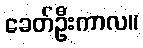
ခေတ်ဦးကာလ။